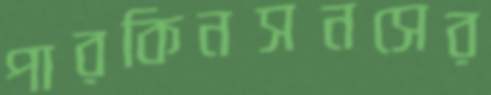
পারকিনসনসের